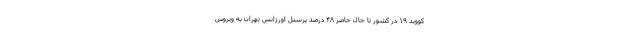
کووید ۱۹ در کشور تا حال حاضر ۴۸ درصد پرسنل اورژانس تهران به ویروس